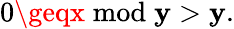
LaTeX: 0\geqx{\bmod{\mathbf{y}}}>\mathbf{y}.